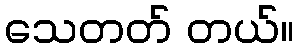
သေတတ် တယ်။